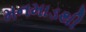
મનમાડથી